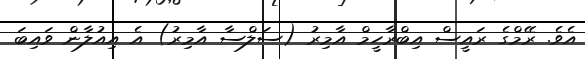
އެވެ. ރޭމްގެ ރައީސް އިބްރާހީމް އާމިރު (ސަލްސާ އާމިރު) އެ އިއުލާން ވައިބަ